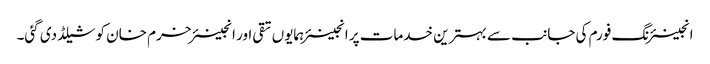
انجینئرنگ فورم کی جانب سے بہترین خدمات پر انجینئر ہمایوں تقی اور انجینئر خرم خان کو شیلڈ دی گئی۔